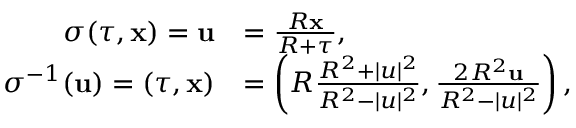
{ \begin{array} { r l } { \sigma ( \tau , \mathbf { x } ) = \mathbf { u } } & { = { \frac { R \mathbf { x } } { R + \tau } } , } \\ { \sigma ^ { - 1 } ( \mathbf { u } ) = ( \tau , \mathbf { x } ) } & { = \left( R { \frac { R ^ { 2 } + | u | ^ { 2 } } { R ^ { 2 } - | u | ^ { 2 } } } , { \frac { 2 R ^ { 2 } \mathbf { u } } { R ^ { 2 } - | u | ^ { 2 } } } \right) , } \end{array} }